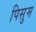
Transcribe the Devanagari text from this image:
पिसुम